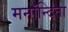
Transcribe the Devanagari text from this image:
मनॉन्दिता